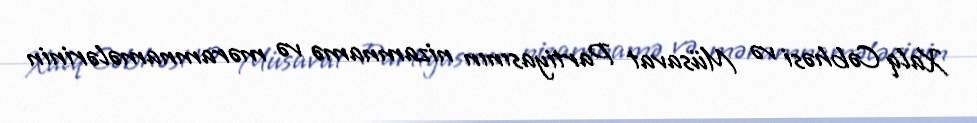
Xalq Cəbhəsi və Müsavat Partiyasının nizamnamə və məramnamələrinin